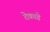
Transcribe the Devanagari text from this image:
टेकाडे